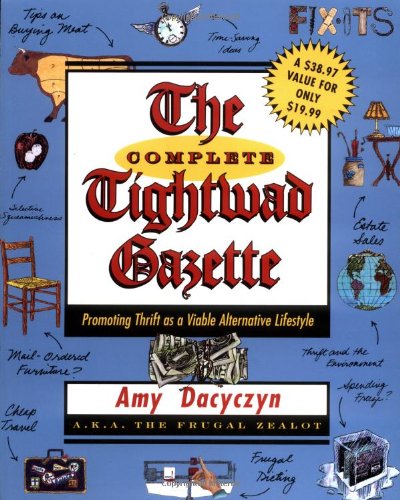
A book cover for The Complete Tightwad  Gazette; Amy Dacyczyn; Business & Money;